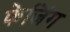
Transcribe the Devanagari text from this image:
फेजिंग